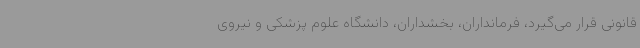
قانونی قرار می‌گیرد، فرمانداران، بخشداران، دانشگاه علوم پزشکی و نیروی